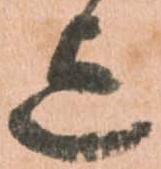
迄